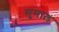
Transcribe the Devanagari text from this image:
सुमाल